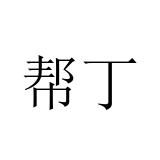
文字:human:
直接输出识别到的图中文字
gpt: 帮丁